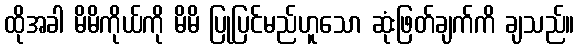
ထိုအခါ မိမိကိုယ်ကို မိမိ ပြုပြင်မည်ဟူသော ဆုံးဖြတ်ချက်ကိ ချသည်။